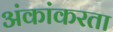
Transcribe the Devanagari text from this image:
अंकांकरता